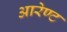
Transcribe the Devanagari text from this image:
आरेण्ट